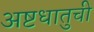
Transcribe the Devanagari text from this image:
अष्टधातुची